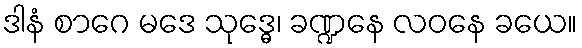
ဒါနံ စာဂေ မဒေ သုဒ္ဓေ၊ ခဏ္ဍနေ လဝနေ ခယေ။